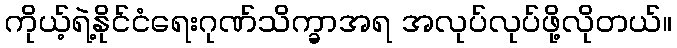
ကိုယ့်ရဲ့နိုင်ငံရေးဂုဏ်သိက္ခာအရ အလုပ်လုပ်ဖို့လိုတယ်။